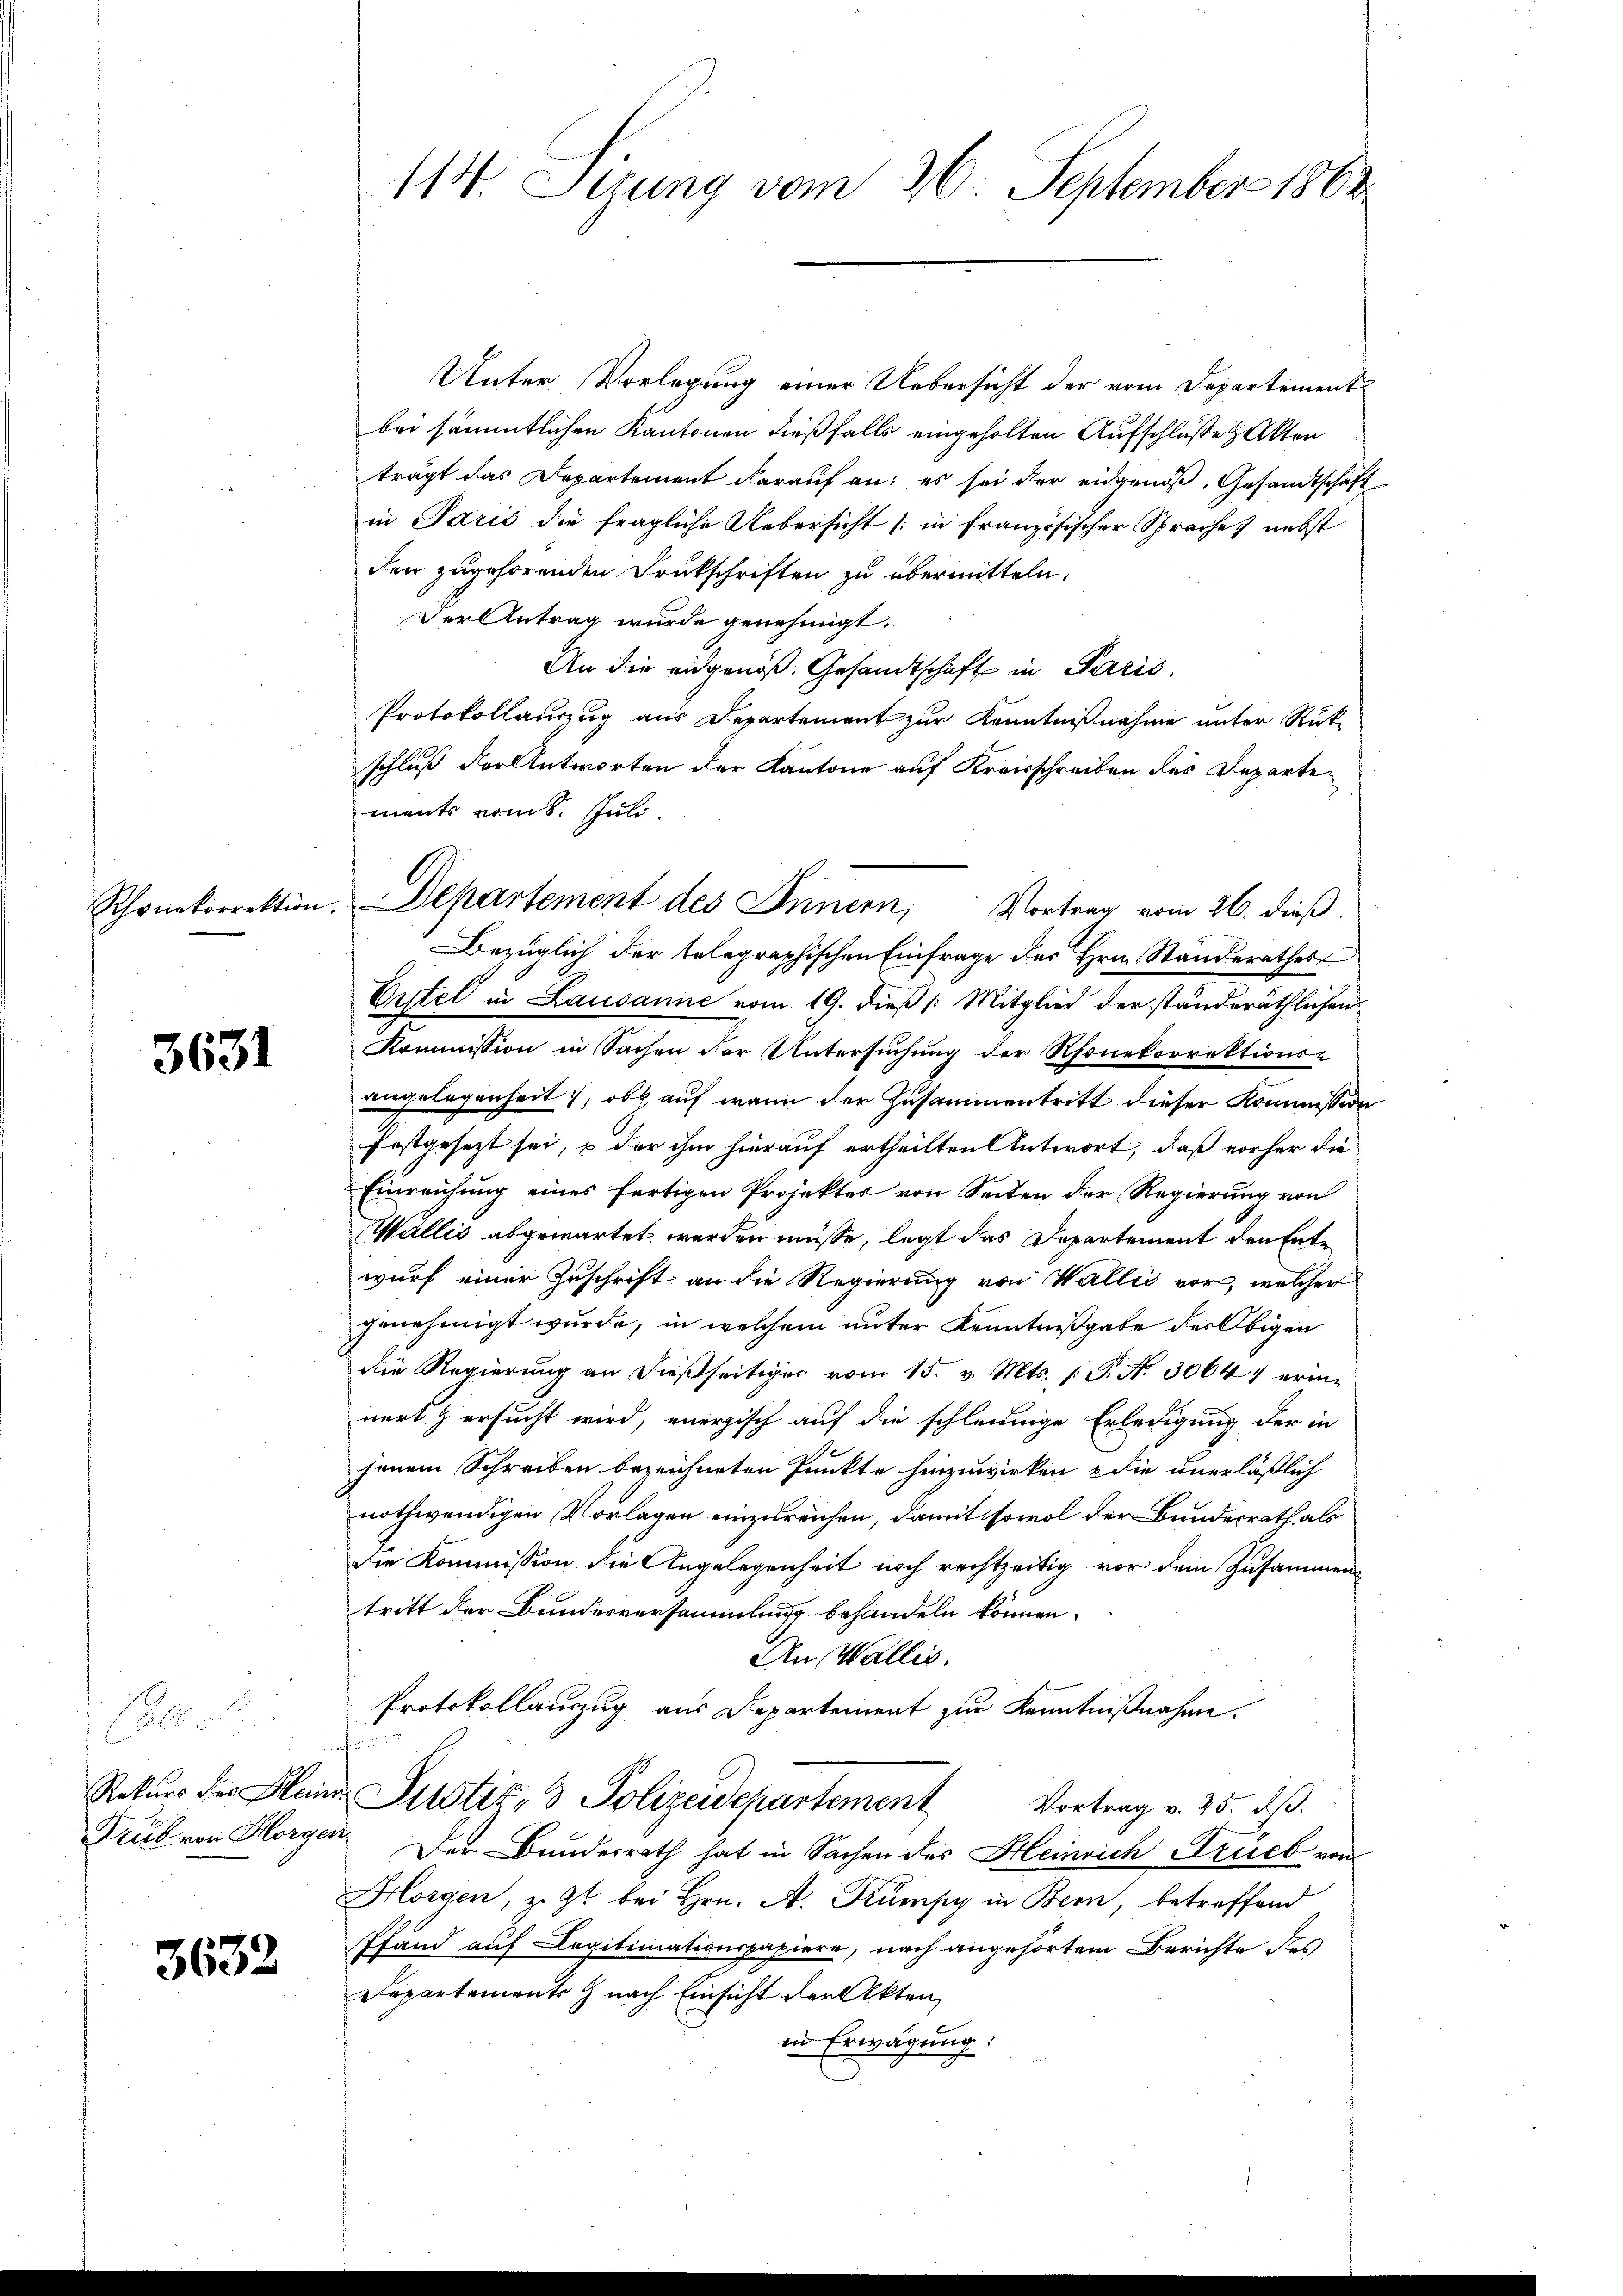
Rhonekorrektion

3631

1900
Rekurs des Klein
Trub von Horger

3632

114. Sirung vom 26. September 1862

Unter Vorlegung einer Uebersicht der vom Departement
bei sämmtlichen Kantonen dießfalls eingeholten Aufschluße & Akten
trägt das Departement darauf an: es sei der eidgenoß. Gesandtschaft
in Paris die fragliche Uebersicht (in Französischer Sprache nebst
den zugehörenden Drukschriften zu übermitteln.
Der Antrag wurde genehmigt.
An die eidgenöß. Gesandtschaft in Paris
Protokollauszug aus Departement zur Kenntnißnahme unter Rückschluß der Antworten der Kantone auf Kreisschreiben des Departements vom 8. Juli.
Bezüglich der telegraphischen Einfrage des Hrn. Standerathes
Eitel in Lausanne vom 19. dieß /: Mitglied der standeräthlichen
Kommission in Sachen der Untersuchung der Rhonekorrektions-
angelegenheit, ob auf wenn der Zusammentritt dieser Kommission
festgesezt sei, & der ihm hierauf ertheilten Antwort, daß vorher die
Einreichung eines fertigen Projektes von Seiten der Regierung von
Wallis abgewartet werden müsse, legt das Departement den Ente
wurf einer Zuschrift an die Regierung von Wallis vor, welcher
genehmigt wurde, in welchem unter Kenntnißgabe der Obigen
die Regierung an dießseitiger vom 15. v. Mts. 1. P. Nr. 30647 erinnert & ersucht wird, energisch auf die schleunige Erledigung der in
jenem Schreiben bezeichneten Punkte hinzuwirken, die unerläßlich
nothwendigen Vorlagen einzureichen, damit sowol der Bundesrath, als
die Kommission die Angelegenheit noch rechtzeitig vor dem Zusammentritt der Bundesversammlung behandeln können.
An Wallis.
Protokollauszug aus Departement zur Kenntnißnahme.
Justiz- & Polizeidepartement Vortrag v. 25. dß.
 Der Bundesrath hat in Sachen des Heinrich Trueb von
Horgen, z. Zt. bei Hrn. A. Kümpy in Bern, betreffend
Pfand auf Legitimationspapiere, nach angehörtem Berichte des
Departements nach Einsicht der Akten,
in Erwägung:

Departement des Innern, Vortrag vom 26. dieß.